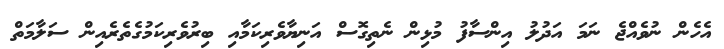
އެހެން ނުވެއްޖެ ނަމަ އަދުލު އިންސާފު މުޅިން ނެތިގޮސް އަނިޔާވެރިކަމާއި ބިރުވެރިކަމުގެތެރެއިން ސަލާމަތް